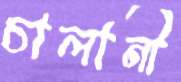
চালানী